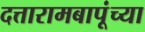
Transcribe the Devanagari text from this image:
दत्तारामबापूंच्या